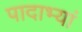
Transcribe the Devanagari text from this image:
पादाभ्यां